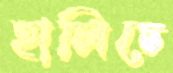
হালিচে